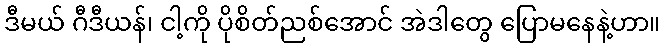
ဒီမယ် ဂီဒီယန်၊ ငါ့ကို ပိုစိတ်ညစ်အောင် အဲဒါတွေ ပြောမနေနဲ့ဟာ။